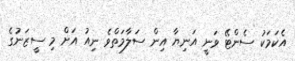
އެކަމަކު ސެންޓޭ ވަނީ އަނިޔާ އިން ސަލާމަތްވެ ނިއު އަށް މި ސީޒަނުގެ